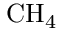
\mathrm { C H _ { 4 } }